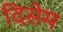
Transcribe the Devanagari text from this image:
दिसेम